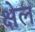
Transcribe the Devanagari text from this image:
क्षेल